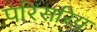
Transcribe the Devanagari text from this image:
परिसरिय